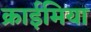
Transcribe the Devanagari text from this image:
क्राईमिया